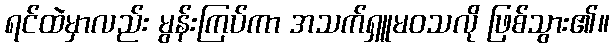
ရင်ထဲမှာလည်း မွန်းကြပ်ကာ အသက်ရှူမဝသလို ဖြစ်သွား၏။